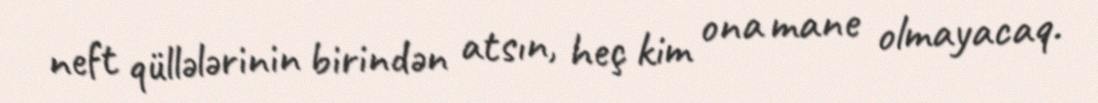
neft qüllələrinin birindən atsın, heç kim ona mane olmayacaq.